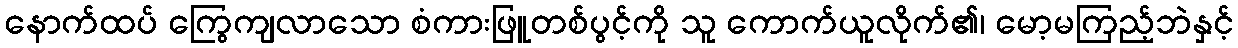
နောက်ထပ် ကြွေကျလာသော စံကားဖြူတစ်ပွင့်ကို သူ ကောက်ယူလိုက်၏၊ မော့မကြည့်ဘဲနှင့်